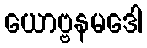
ယောဗ္ဗနမဒေါ